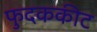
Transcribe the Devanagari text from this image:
फुदककीट